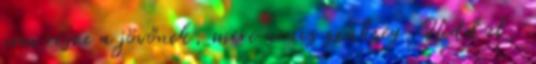
nem része a jövőnek, mire nincs szükség. Hidd el,